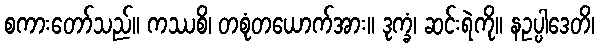
စကားတော်သည်။ ကဿစိ၊ တစုံတယောက်အား။ ဒုက္ခံ၊ ဆင်းရဲကို။ နဥပ္ပါဒေတိ၊